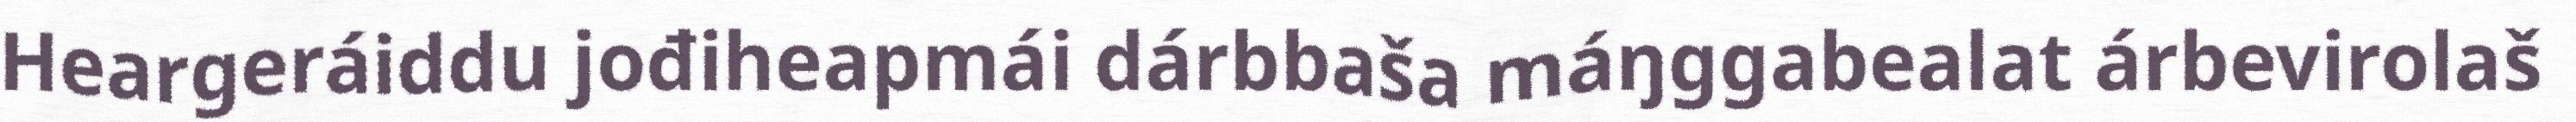
Heargeráiddu jođiheapmái dárbbaša máŋggabealat árbevirolaš